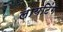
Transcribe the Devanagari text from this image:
लायटिंग